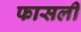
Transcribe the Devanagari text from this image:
फासली